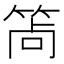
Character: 𥭩